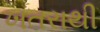
ખતરાથી